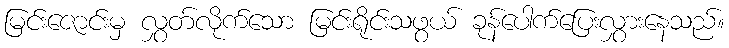
မြင်းဇောင်းမှ လွှတ်လိုက်သော မြင်းရိုင်းသဖွယ် ခုန်ပေါက်ပြေးလွှားနေသည်။